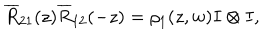
LaTeX: \overline { { { R } } } _ { 2 1 } ( z ) \overline { { { R } } } _ { 1 2 } ( - z ) = \rho _ { 1 } ( z , w ) I \otimes I ,